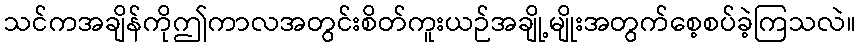
သင်ကအချိန်ကိုဤကာလအတွင်းစိတ်ကူးယဉ်အချို့မျိုးအတွက်စေ့စပ်ခဲ့ကြသလဲ။